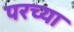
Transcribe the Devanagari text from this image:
परच्या